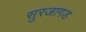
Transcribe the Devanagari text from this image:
सुरजागड